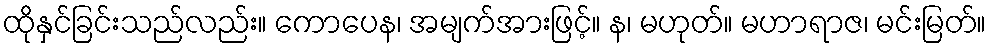
ထိုနှင်ခြင်းသည်လည်း။ ကောပေန၊ အမျက်အားဖြင့်။ န၊ မဟုတ်။ မဟာရာဇ၊ မင်းမြတ်။